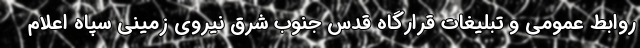
روابط عمومی و تبلیغات قرارگاه قدس جنوب شرق نیروی زمینی سپاه اعلام